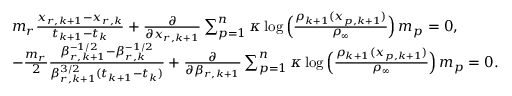
\begin{array} { r l } & { m _ { r } \frac { x _ { r , k + 1 } - x _ { r , k } } { t _ { k + 1 } - t _ { k } } + \frac { \partial } { \partial x _ { r , k + 1 } } \sum _ { p = 1 } ^ { n } \kappa \log \Big ( \frac { \rho _ { k + 1 } ( x _ { p , k + 1 } ) } { \rho _ { \infty } } \Big ) \, m _ { p } = 0 , } \\ & { - \frac { m _ { r } } { 2 } \frac { \beta _ { r , k + 1 } ^ { - 1 / 2 } - \beta _ { r , k } ^ { - 1 / 2 } } { \beta _ { r , k + 1 } ^ { 3 / 2 } ( t _ { k + 1 } - t _ { k } ) } + \frac { \partial } { \partial \beta _ { r , k + 1 } } \sum _ { p = 1 } ^ { n } \kappa \log \Big ( \frac { \rho _ { k + 1 } ( x _ { p , k + 1 } ) } { \rho _ { \infty } } \Big ) \, m _ { p } = 0 . } \end{array}